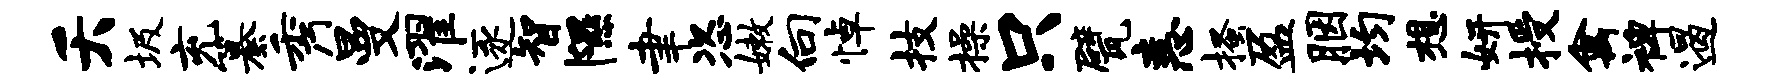
夭圾充纂秀曼濯逐智隰聿恣嫩向悼技操只甓恚搔盈胭均想妍授禽裨遏